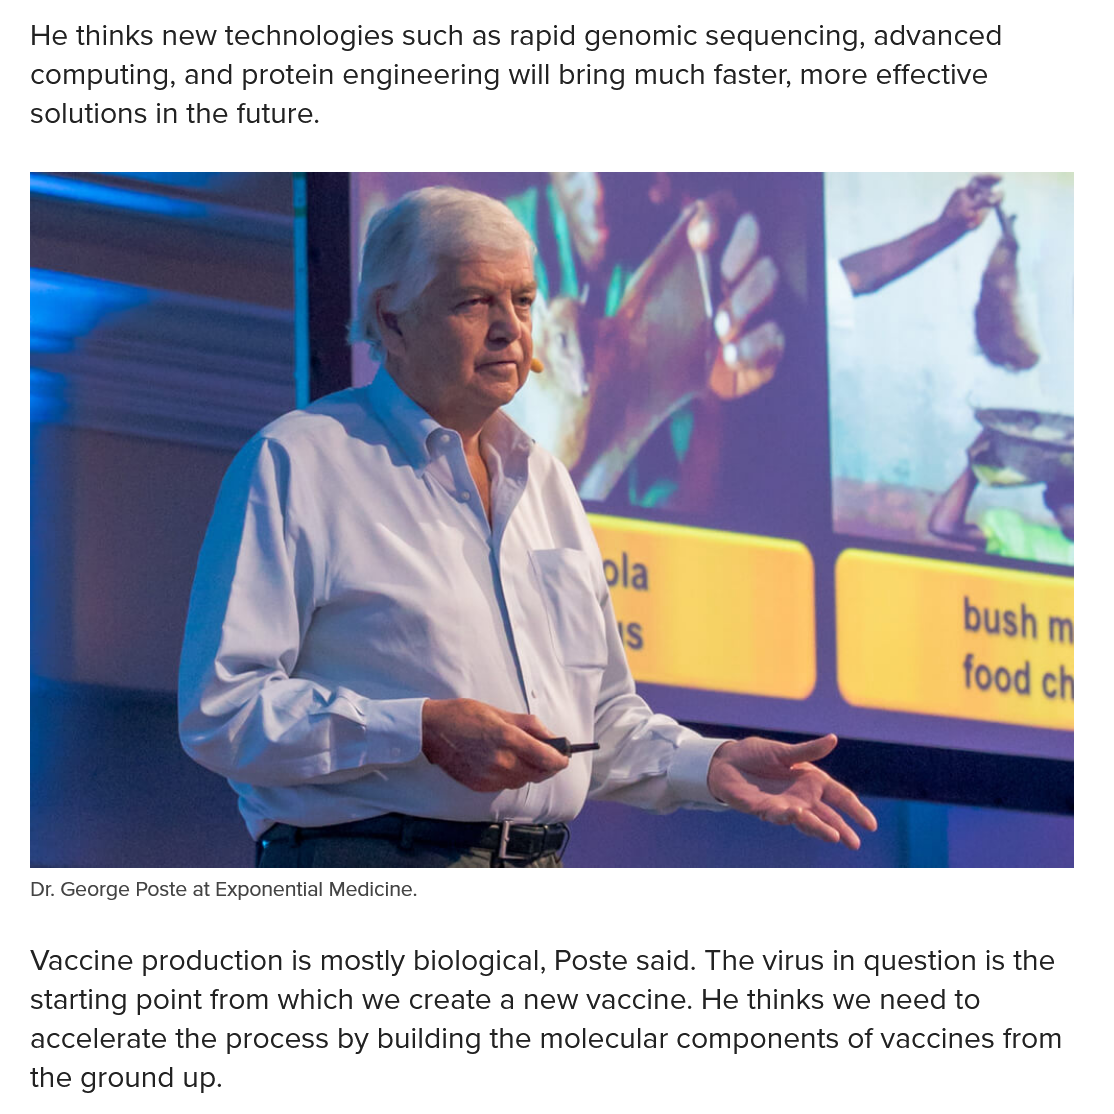
Dr. George Poste at Exponential Medicine.
   He thinks new technologies such as rapid genomic sequencing, advanced
   computing, and protein engineering will bring much faster, more effective
   solutions in the future.
   Vaccine production is mostly biological, Poste said. The virus in question is the
   starting point from which we create a new vaccine. He thinks we need to
   accelerate the process by building the molecular components of vaccines from
   the ground up.